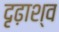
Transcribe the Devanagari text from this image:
दृढ़ाश्व